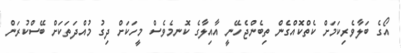
އޯގެ ބަލާވެރިކަމަށް ކެތްކޮއްގެން ތިބެންޖެހޭނީ އާއިލާގެ ކޮނމެވެސް މީހަކަށް ދިގު މުއްދަތަކަށް ބޭސްކުރަން